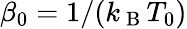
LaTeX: \beta_{0}=1/(k_{\mathrm{~B~}}T_{0})